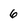
Character: 6